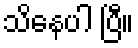
သိနေပါ ပြီ။